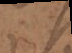
s